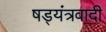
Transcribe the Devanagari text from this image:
षड्यंत्रवादी